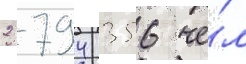
2 794 356 че́л